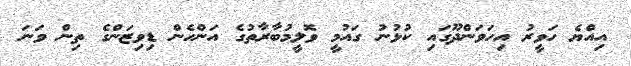
އިއްޔެ ހަވީރު އިހަވަންދޫގައި ކުޅުނު ގައުމީ ވޮލީމުބާރާތުގެ އަންހެން ޑިވިޒަންގެ ތިން ވަނަ